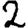
Digit: 2